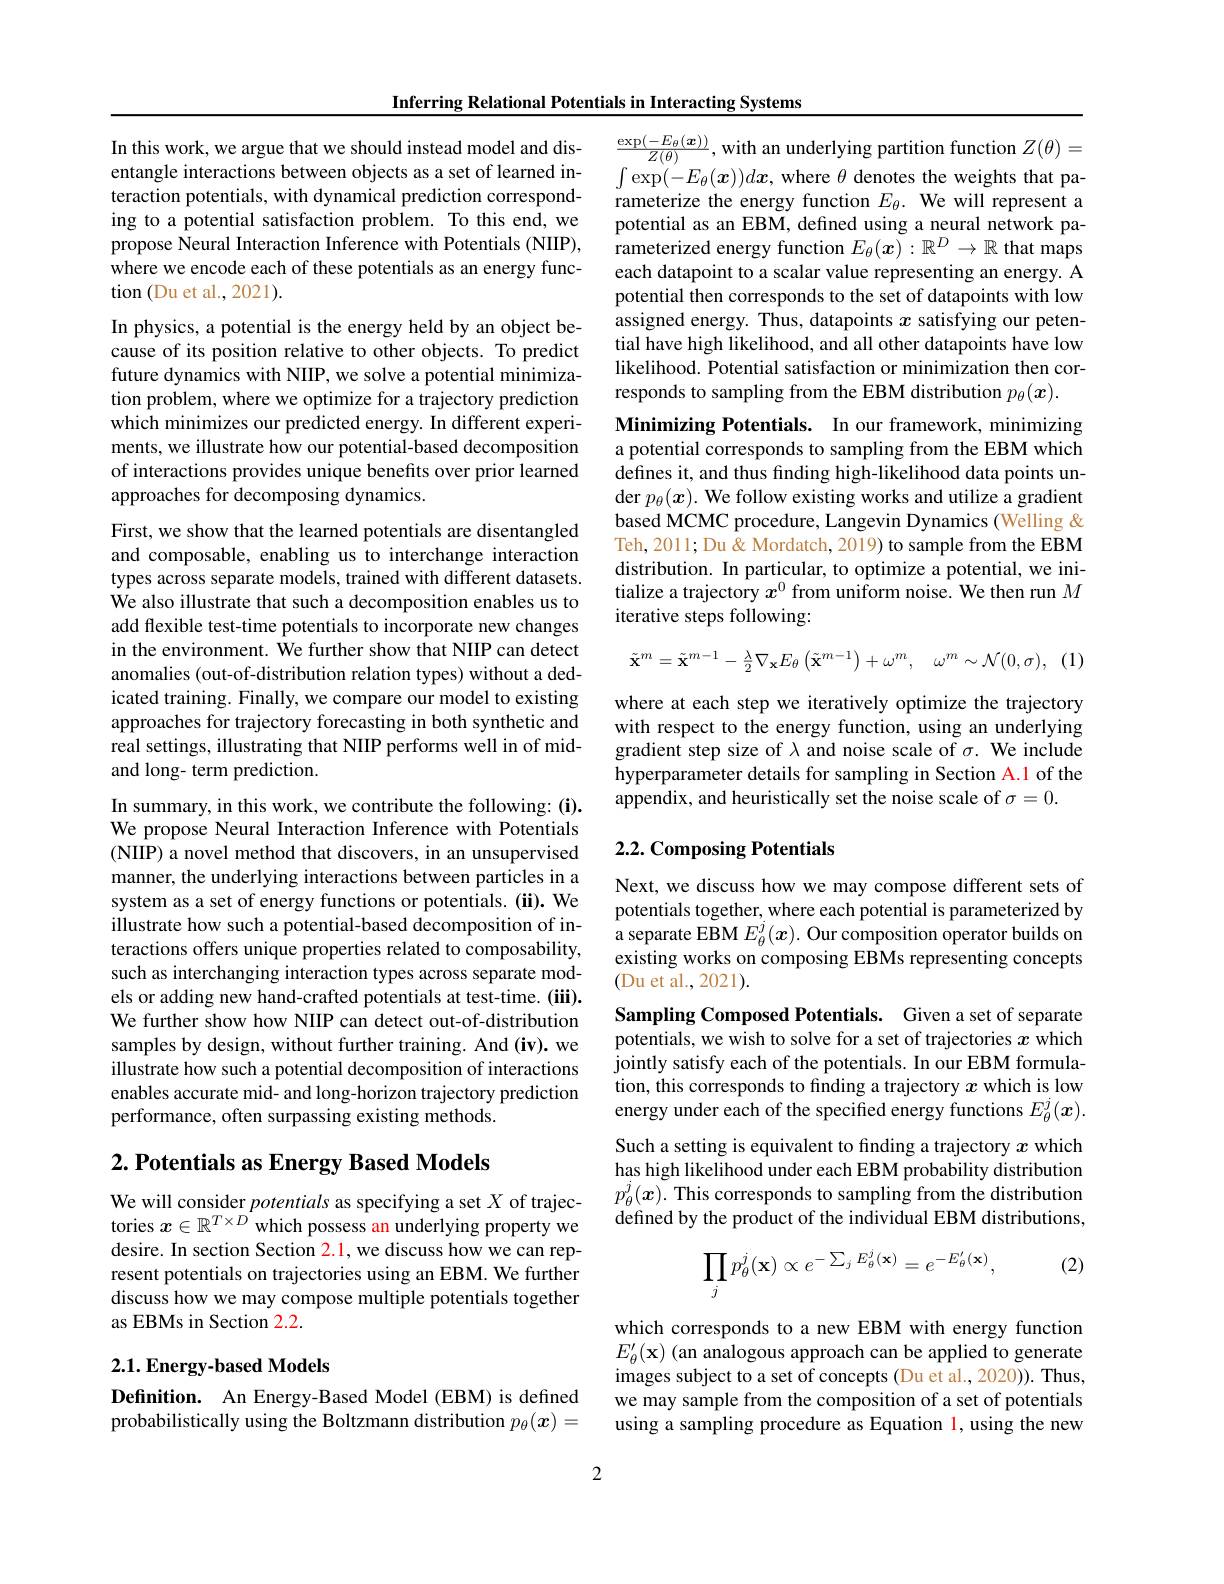
Inferring Relational Potentials in Interacting Systems

In this work, we argue that we should instead model and disentangle interactions between objects as a set of learned interaction potentials, with dynamical prediction corresponding to a potential satisfaction problem. To this end, we propose Neural Interaction Inference with Potentials (NIIP), where we encode each of these potentials as an energy function (Du et al., 2021).

In physics, a potential is the energy held by an object because of its position relative to other objects. To predict future dynamics with NIIP, we solve a potential minimization problem, where we optimize for a trajectory prediction which minimizes our predicted energy. In different experiments, we illustrate how our potential-based decomposition of interactions provides unique benefits over prior learned approaches for decomposing dynamics.
First, we show that the learned potentials are disentangled and composable, enabling us to interchange interaction types across separate models, trained with different datasets. We also illustrate that such a decomposition enables us to add flexible test-time potentials to incorporate new changes in the environment. We further show that NIIP can detect anomalies (out-of-distribution relation types) without a dedicated training. Finally, we compare our model to existing approaches for trajectory forecasting in both synthetic and real settings, illustrating that NIIP performs well in of midand long- term prediction.
In summary, in this work, we contribute the following: (i). We propose Neural Interaction Inference with Potentials (NIIP) a novel method that discovers, in an unsupervised manner, the underlying interactions between particles in a system as a set of energy functions or potentials. (ii). We illustrate how such a potential-based decomposition of interactions offers unique properties related to composability, such as interchanging interaction types across separate models or adding new hand-crafted potentials at test-time. (iii). We further show how NIIP can detect out-of-distribution samples by design, without further training. And (iv). we

illustrate how such a potential decomposition of interactions enables accurate mid- and long-horizon trajectory prediction performance, often surpassing existing methods.

## $2. \textbf{ Potentials as Energy Based Models}$

We will consider potentials as specifying a set $X$ of trajectories $x\in\mathbb{R}^T\times D$ which possess an underlying property we desire. In section Section 2.1, we discuss how we can represent potentials on trajectories using an EBM. We further discuss how we may compose multiple potentials together as EBMs in Section 2.2.

## 2.1. Energy-based Models

Definition. An Energy-Based Model (EBM) is defined probabilistically using the Boltzmann distribution $p_\theta(\boldsymbol{x})=$

$\frac{\exp(-E_{\theta}(\boldsymbol{x}))}{Z(\theta)}$, with an underlying partition function $Z(\theta)=$ $\int\exp(-E_{\theta}(\boldsymbol{x}))d\boldsymbol{x}$, where $\theta$ denotes the weights that parameterize the energy function $E_{\theta}.$ We will represent a potential as an EBM, defined using a neural network parameterized energy function $E_\theta(x):\mathbb{R}^D\to\mathbb{R}$ that maps each datapoint to a scalar value representing an energy. A potential then corresponds to the set of datapoints with low assigned energy. Thus, datapoints $x$ satisfying our petential have high likelihood, and all other datapoints have low likelihood. Potential satisfaction or minimization then corresponds to sampling from the EBM distribution $p_\theta(\boldsymbol x).$
Minimizing Potentials. In our framework, minimizing a potential corresponds to sampling from the EBM which defines it, and thus finding high-likelihood data points under $p_\theta(\boldsymbol{x}).$ We follow existing works and utilize a gradient based MCMC procedure, Langevin Dynamics (Welling & Teh, 2011; Du & Mordatch, 2019) to sample from the EBM distribution. In particular, to optimize a potential, we initialize a trajectory $x^{0}$ from uniform noise. We then run $M$ iterative steps following:
$$\tilde{\mathbf{x}}^{m}=\tilde{\mathbf{x}}^{m-1}-\frac{\lambda}{2}\nabla_{\mathbf{x}}E_{\theta}\left(\tilde{\mathbf{x}}^{m-1}\right)+\omega^{m},\quad\omega^{m}\sim\mathcal{N}(0,\sigma),$$
(1)

where at each step we iteratively optimize the trajectory with respect to the energy function, using an underlying gradient step size of $\lambda$ and noise scale of $\sigma.$ We include hyperparameter details for sampling in Section A.1 of the appendix, and heuristically set the noise scale of $\sigma=0.$

## 2.2. Composing Potentials

Next, we discuss how we may compose different sets of potentials together, where each potential is parameterized by a separate EBM $E_\theta^j(\boldsymbol{x}).$ Our composition operator builds on existing works on composing EBMs representing concepts (Du et al., 2021).

Sampling Composed Potentials. Given a set of separate potentials, we wish to solve for a set of trajectories $x$ which jointly satisfy each of the potentials. In our EBM formulation, this corresponds to finding a trajectory $x$ which is low energy under each of the specified energy functions $E_\theta^j(\boldsymbol{x}).$ Such a setting is equivalent to finding a trajectory $x$ which has high likelihood under each EBM probability distribution $p_{\theta}^{j}(\boldsymbol{x}).$ This corresponds to sampling from the distribution defined by the product of the individual EBM distributions,
$$\prod_jp_\theta^j(\mathbf{x})\propto e^{-\sum_jE_\theta^j(\mathbf{x})}=e^{-E_\theta^\prime(\mathbf{x})},$$
(2)

which corresponds to a new EBM with energy function $E_{\theta}^{\prime}(\mathbf{x})$ (an analogous approach can be applied to generate images subject to a set of concepts (Du et al., 2020)). Thus, we may sample from the composition of a set of potentials using a sampling procedure as Equation l, using the new

2